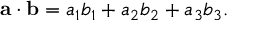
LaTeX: \mathbf { a } \cdot \mathbf { b } = a _ { 1 } b _ { 1 } + a _ { 2 } b _ { 2 } + a _ { 3 } b _ { 3 } .